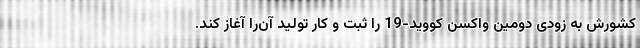
کشورش به زودی دومین واکسن کووید-19 را ثبت و کار تولید آن‌را آغاز کند.